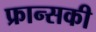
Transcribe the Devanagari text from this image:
फ्रान्सकी